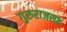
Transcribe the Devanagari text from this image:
गुरुराजसह